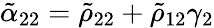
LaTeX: \tilde{\alpha}_{22}=\tilde{\rho}_{22}+\tilde{\rho}_{12}\gamma_{2}